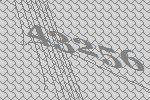
43256